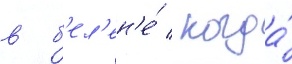
в б'ел'ен'е́ / когда́